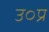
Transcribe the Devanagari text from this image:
उ०प्र